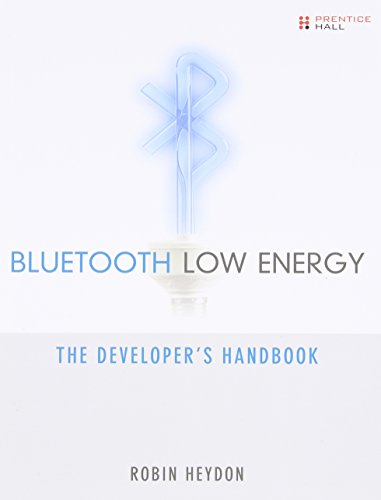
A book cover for Bluetooth Low Energy: The Developer's Handbook; Robin Heydon; Computers & Technology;